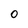
Character: O